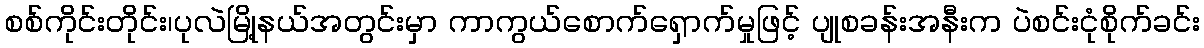
စစ်ကိုင်းတိုင်း၊ပုလဲမြို့နယ်အတွင်းမှာ ကာကွယ်စောက်ရှောက်မှုဖြင့် ပျုစခန်းအနီးက ပဲစင်းငုံစိုက်ခင်း